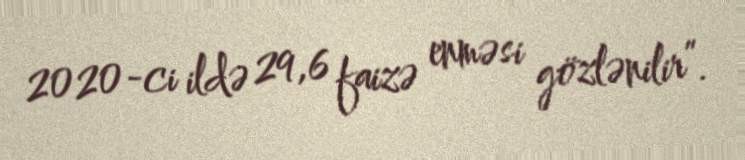
2020-ci ildə 29,6 faizə enməsi gözlənilir”.